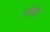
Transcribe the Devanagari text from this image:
नोबोडी